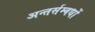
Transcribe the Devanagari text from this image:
अन्तर्सम्बधों